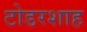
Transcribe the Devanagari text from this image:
टोडरशाह